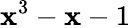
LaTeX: \mathbf{x}^{3}-\mathbf{x}-1